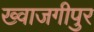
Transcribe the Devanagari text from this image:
ख्वाजगीपुर